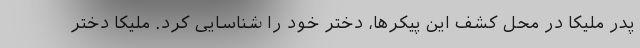
پدر ملیکا در محل کشف این پیکرها، دختر خود را شناسایی کرد. ملیکا دختر